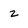
Character: Z